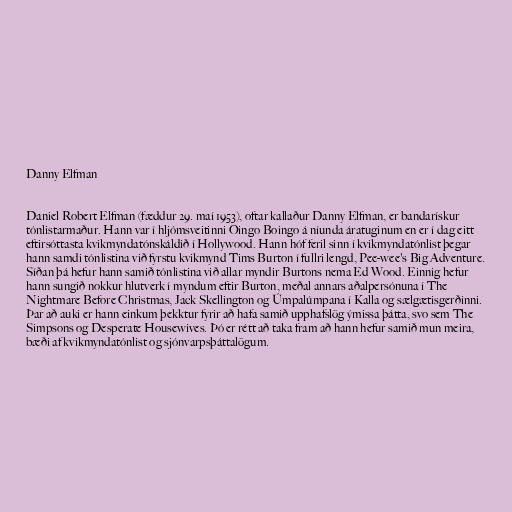
Danny Elfman

Daniel Robert Elfman (fæddur 29. maí 1953), oftar kallaður Danny Elfman, er bandarískur
tónlistarmaður. Hann var í hljómsveitinni Oingo Boingo á níunda áratuginum en er í dag eitt
eftirsóttasta kvikmyndatónskáldið í Hollywood. Hann hóf feril sinn í kvikmyndatónlist þegar
hann samdi tónlistina við fyrstu kvikmynd Tims Burton í fullri lengd, Pee-wee's Big Adventure.
Síðan þá hefur hann samið tónlistina við allar myndir Burtons nema Ed Wood. Einnig hefur
hann sungið nokkur hlutverk í myndum eftir Burton, meðal annars aðalpersónuna í The
Nightmare Before Christmas, Jack Skellington og Úmpalúmpana í Kalla og sælgætisgerðinni.
Þar að auki er hann einkum þekktur fyrir að hafa samið upphafslög ýmissa þátta, svo sem The
Simpsons og Desperate Housewives. Þó er rétt að taka fram að hann hefur samið mun meira,
bæði af kvikmyndatónlist og sjónvarpsþáttalögum.